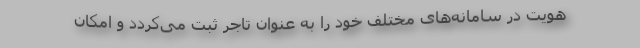
هویت در سامانه‌های مختلف خود را به عنوان تاجر ثبت می‌کردد و امکان